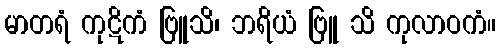
မာတရံ ကုဋိကံ ဗြူသိ၊ ဘရိယံ ဗြူ သိ ကုလာဝကံ။